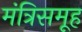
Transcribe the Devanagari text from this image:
मंत्रिसमूह